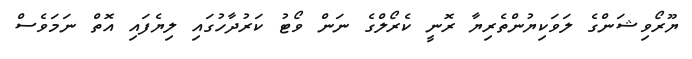
ޔޫރޯވިޝަންގެ ލަވަކިޔުންތެރިޔާ ރޮނީ ކެރޯލްގެ ނަން ވޯޓު ކަރުދާހުގައި ލިޔެފައި އޮތް ނަމަވެސް